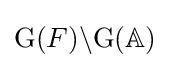
\mathrm {G} (F)\backslash \mathrm {G} (\mathbb {A} )